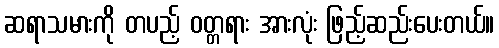
ဆရာသမားကို တပည့် ဝတ္တရား အားလုံး ဖြည့်ဆည်းပေးတယ်။